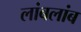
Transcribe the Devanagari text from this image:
लांबलांब